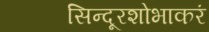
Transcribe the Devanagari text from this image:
सिन्दूरशोभाकरं